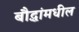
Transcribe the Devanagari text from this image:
बौद्धांमधील